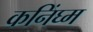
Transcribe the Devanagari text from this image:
कनिंघ्म